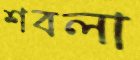
শবলা